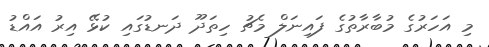
މި އަހަރުގެ މުބާރާތުގެ ފައިނަލް މެޗު ހިތަދޫ ދަނޑުގައި ކުޅޭ އިރު އައްޑު